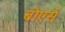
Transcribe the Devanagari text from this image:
बोएर्स